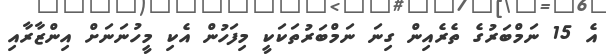
އެ 15 ނަމްބަރުގެ ތެރެއިން ގިނަ ނަމްބަރުތަކަކީ މިފަހުން އެކި މީހުނަނަށް އިންޒާރާއި